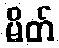
မိတ်